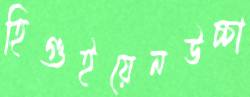
হিগুইয়েনউচ্চা